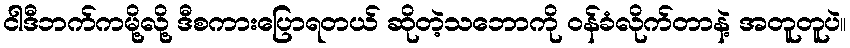
ငါဒီဘက်ကမို့လို့ ဒီစကားပြောရတယ် ဆိုတဲ့သဘောကို ဝန်ခံလိုက်တာနဲ့ အတူတူပဲ။